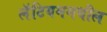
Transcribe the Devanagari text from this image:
लॅटियममधील